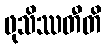
ဖုသိဿတီတိ